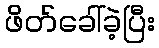
ဖိတ်ခေါ်ခဲ့ပြီး